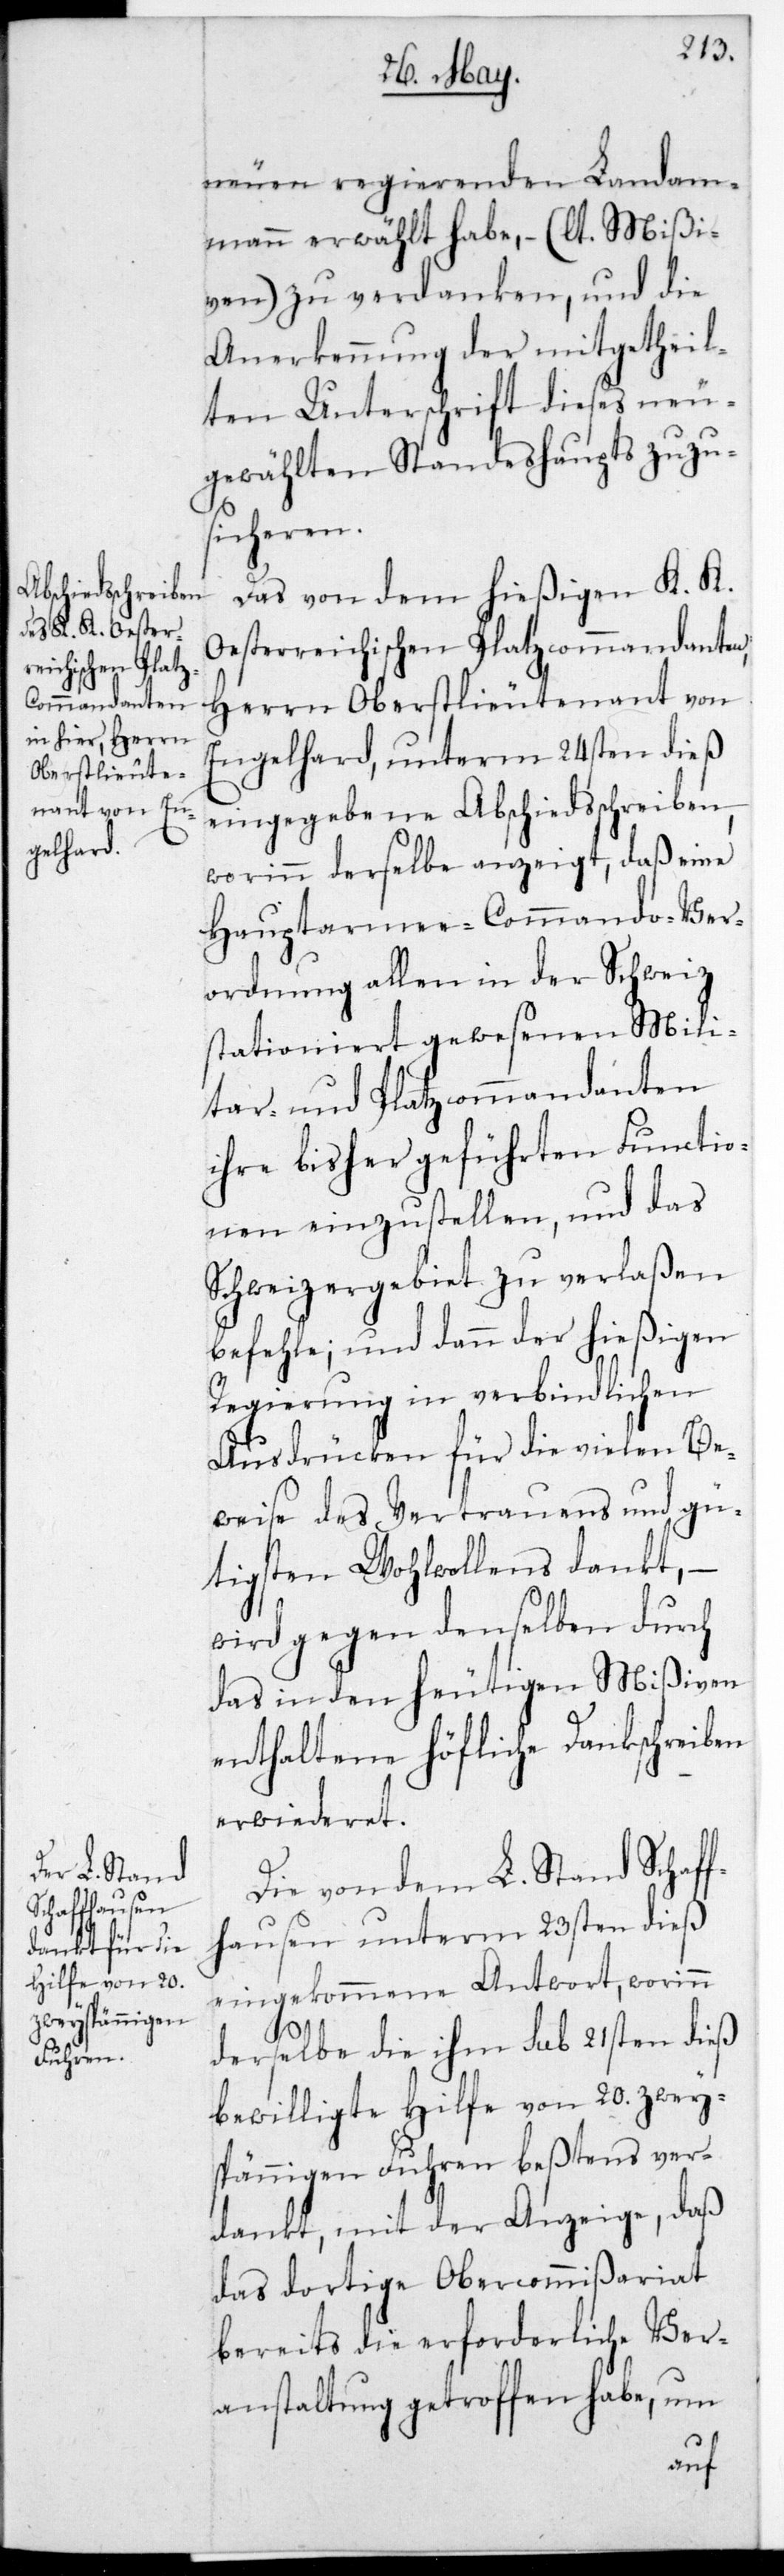
neuen regierenden Landam¬
mann erwählt habe (lt. Mißi¬
ven) zu verdanken, und die
Anerkennung der mitgetheil¬
ten Unterschrift dieses neu¬
gewählten Standeshaupts zuzu¬
sicheren.
Das von dem hießigen K. K.
Oesterreichischen Platzcommandanten,
Herrn Oberstlieutenant von
Engelhard, unterm 24sten dieß
eingegebene Abschiedsschreiben,
worinn derselbe anzeigt, daß eine
Hauptarmee-Commando-Ver¬
ordnung allen in der Schweiz
stationiert gewesenen Mili¬
tar- und Platzcommandanten
ihre bisher geführten Functio¬
nen einzustellen, und das
Schweizer Gebiet zu verlaßen
befehle; und dann der hießigen
Regierung in verbindlichen
Ausdrücken für die vielen Be¬
weise des Vertrauens und gü¬
tigsten Wohlwollens dankt, –
wird gegen denselben durch
das in den heutigen Mißiven
enthaltene höfliche Dankschreiben
erwideret.
Die von dem L. Stand Schaff¬
hausen unterm 23sten dieß
eingekommene Antwort, worinn
derselbe die ihm sub 21sten dieß
bewilligte Hilfe von 20. zwey¬
spännigen Fuhren beßtens ver¬
dankt, mit der Anzeige, daß
das dortige Obercommißariat
bereits die erforderliche Ver¬
anstaltung getroffen habe, um